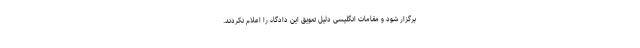
برگزار شود و مقامات انگلیسی دلیل تعویق این دادگاه را اعلام نکردند.